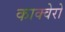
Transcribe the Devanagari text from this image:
काक्वेरो